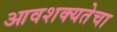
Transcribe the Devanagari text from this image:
आवशक्यतेचा